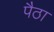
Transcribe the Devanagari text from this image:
पैठा